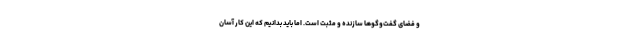
و فضای گفت‌وگوها سازنده و مثبت است. اما باید بدانیم که این کار آسان